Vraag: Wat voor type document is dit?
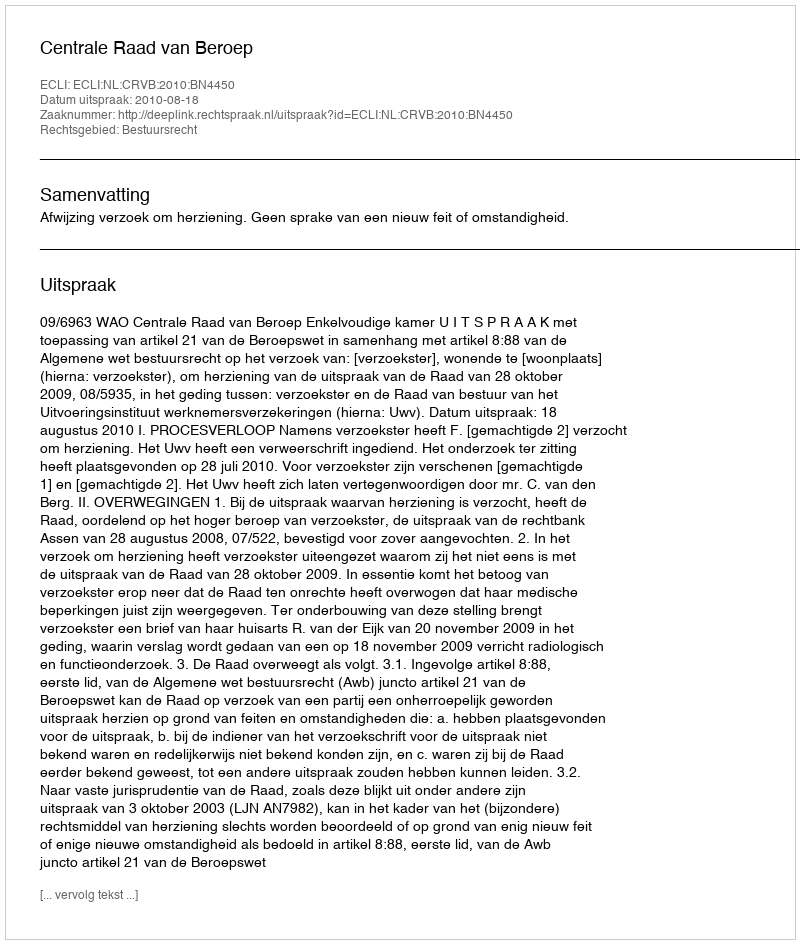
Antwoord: Uitspraak